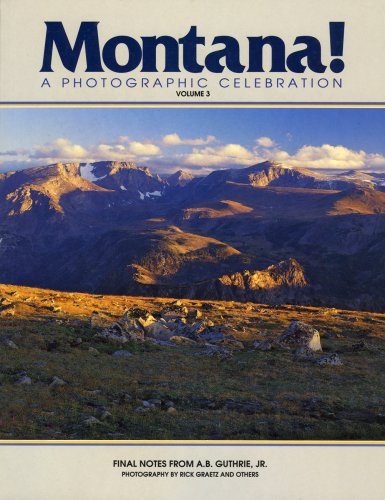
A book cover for Montana! A Photographic Celebration, Volume 3; Rick Graetz; Travel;